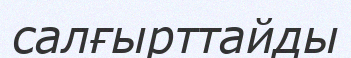
салғырттайды